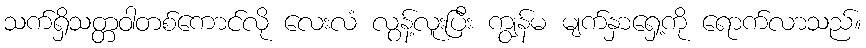
သက်ရှိသတ္တဝါတစ်ကောင်လို လေးလံ လွန့်လူးပြီး ကျွန်မ မျက်နှာရှေ့ကို ရောက်လာသည်။